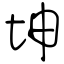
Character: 坤